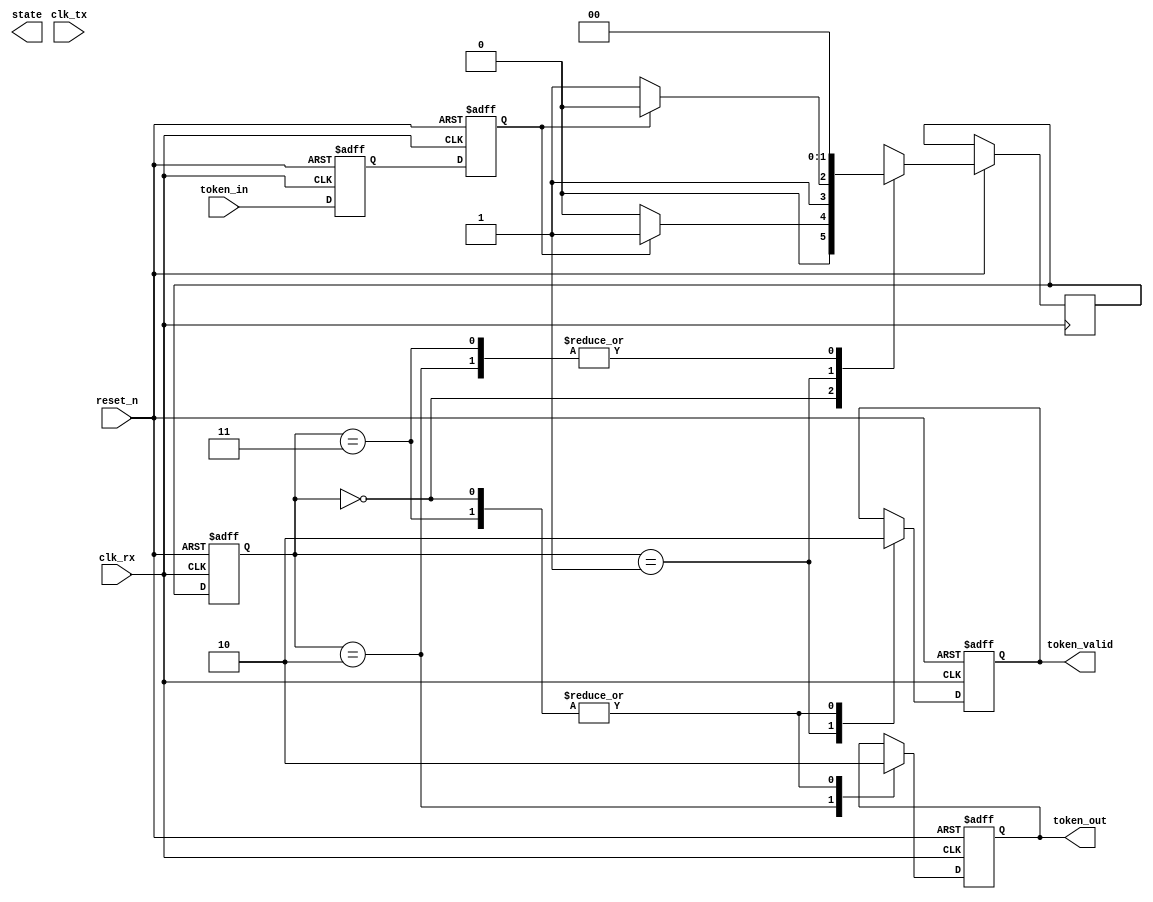
module token_ring_synchronizer (
    input wire clk_tx,          // Transmitting clock
    input wire clk_rx,          // Receiving clock
    input wire reset_n,         // Active low reset
    input wire token_in,        // Incoming token signal
    output reg token_out,       // Synchronized token output
    output reg token_valid,      // Indicates valid token
    output reg [1:0] state      // Current state of FSM
);

    // State definitions
    localparam IDLE      = 2'b00;
    localparam RECEIVING = 2'b01;
    localparam TRANSMITTING = 2'b10;
    localparam ERROR     = 2'b11;

    // Synchronization registers
    reg token_sync_1, token_sync_2;

    // FSM state and token storage
    reg [1:0] current_state, next_state;

    // Dual flip-flop synchronization
    always @(posedge clk_rx or negedge reset_n) begin
        if (!reset_n) begin
            token_sync_1 <= 1'b0;
            token_sync_2 <= 1'b0;
        end else begin
            token_sync_1 <= token_in; // First stage of synchronization
            token_sync_2 <= token_sync_1; // Second stage of synchronization
        end
    end

    // FSM for token management
    always @(posedge clk_rx or negedge reset_n) begin
        if (!reset_n) begin
            current_state <= IDLE;
            token_out <= 1'b0;
            token_valid <= 1'b0;
        end else begin
            current_state <= next_state;

            // State actions
            case (current_state)
                IDLE: begin
                    token_out <= 1'b0;
                    token_valid <= 1'b0;
                    if (token_sync_2) begin
                        next_state <= RECEIVING;
                    end else begin
                        next_state <= IDLE;
                    end
                end

                RECEIVING: begin
                    token_valid <= 1'b1; // Indicate token is valid
                    if (token_sync_2) begin
                        next_state <= TRANSMITTING;
                    end else begin
                        next_state <= ERROR; // Error if token is lost
                    end
                end

                TRANSMITTING: begin
                    token_out <= 1'b1; // Pass the token
                    // Add logic for passing the token to next node
                    next_state <= IDLE; // Return to idle after transmission
                end

                ERROR: begin
                    // Handle error conditions
                    token_out <= 1'b0;
                    token_valid <= 1'b0;
                    next_state <= IDLE; // Reset to idle on error
                end

                default: begin
                    next_state <= IDLE;
                end
            endcase
        end
    end

    // Monitor the current state for debugging purposes
    always @(posedge clk_rx) begin
        // Optionally, implement debugging or status outputs here
    end

endmodule